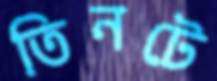
তিনটে